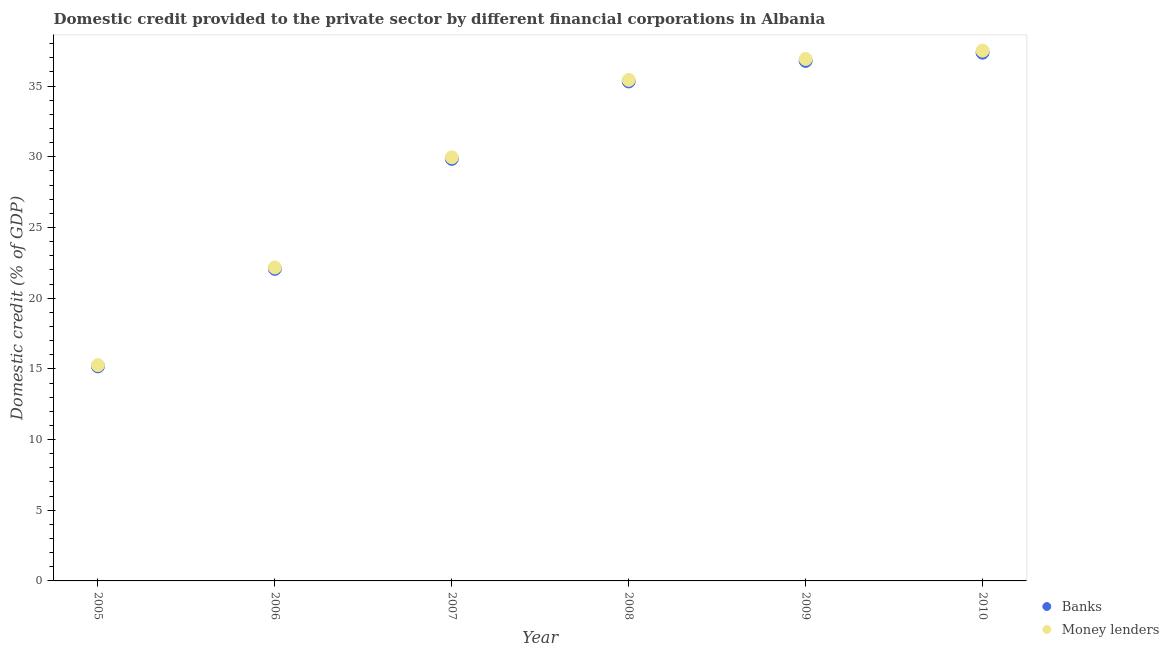
| Year | Banks | Money lenders |
 | --- | --- | --- |
 | 2005 | 15.2 | 15.3 |
 | 2006 | 22.1 | 22.2 |
 | 2007 | 29.9 | 30 |
 | 2008 | 35.3 | 35.4 |
 | 2009 | 36.8 | 36.9 |
 | 2010 | 37.4 | 37.5 |